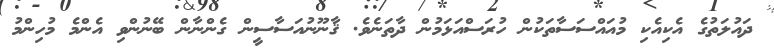
ދައުލަތުގެ އެކިއެކި މުއައްސަސާތަކުން ހުރަސްއަޅަމުން ދާތަނެވެ. ޤާނޫނުއަސާސީން ގެންނާން ބޭނުންވި އެންމެ މުހިންމު